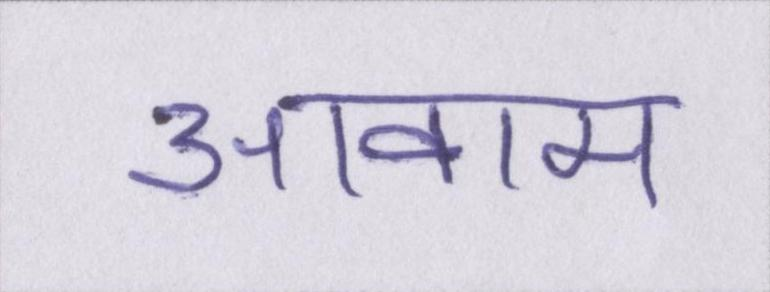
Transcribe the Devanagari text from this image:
आवाम